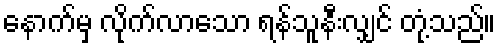
နောက်မှ လိုက်လာသော ရန်သူနီးလျှင် တုံ့သည်။